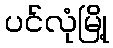
ပင်လုံမြို့